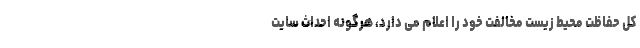
کل حفاظت محیط زیست مخالفت خود را اعلام می دارد، هرگونه احداث سایت